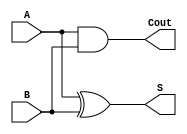
module halfadder(
    input A,
    input B,
    output S,
    output Cout
    );
    assign S=A^B;
    assign Cout=A&B;
endmodule